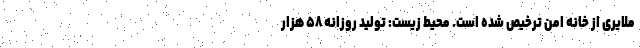
ملایری از خانه امن ترخیص شده‌ است. محیط زیست: تولید روزانه ۵۸ هزار